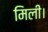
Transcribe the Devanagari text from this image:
मिली।